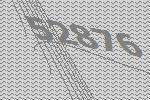
52876